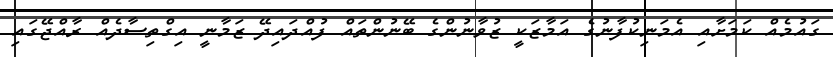
ގައުމެއް ކަމަށާއި އެމަނިކުފާނުގެ އަމާޒަކީ ޒުވާނުންގެ ބޭނުންތައް ފުއްދައިދޭ ޒަމާނީ އިގްތިސާދެއް ރާއްޖޭގައި